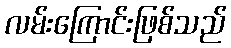
လမ်းကြောင်းဖြစ်သည်